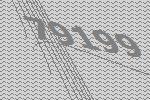
79199